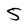
Character: 5